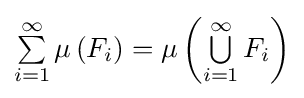
\textstyle \sum \limits _{i=1}^{\infty }\mu \left(F_{i}\right)=\mu \left(\textstyle \bigcup \limits _{i=1}^{\infty }F_{i}\right)